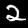
Digit: 2